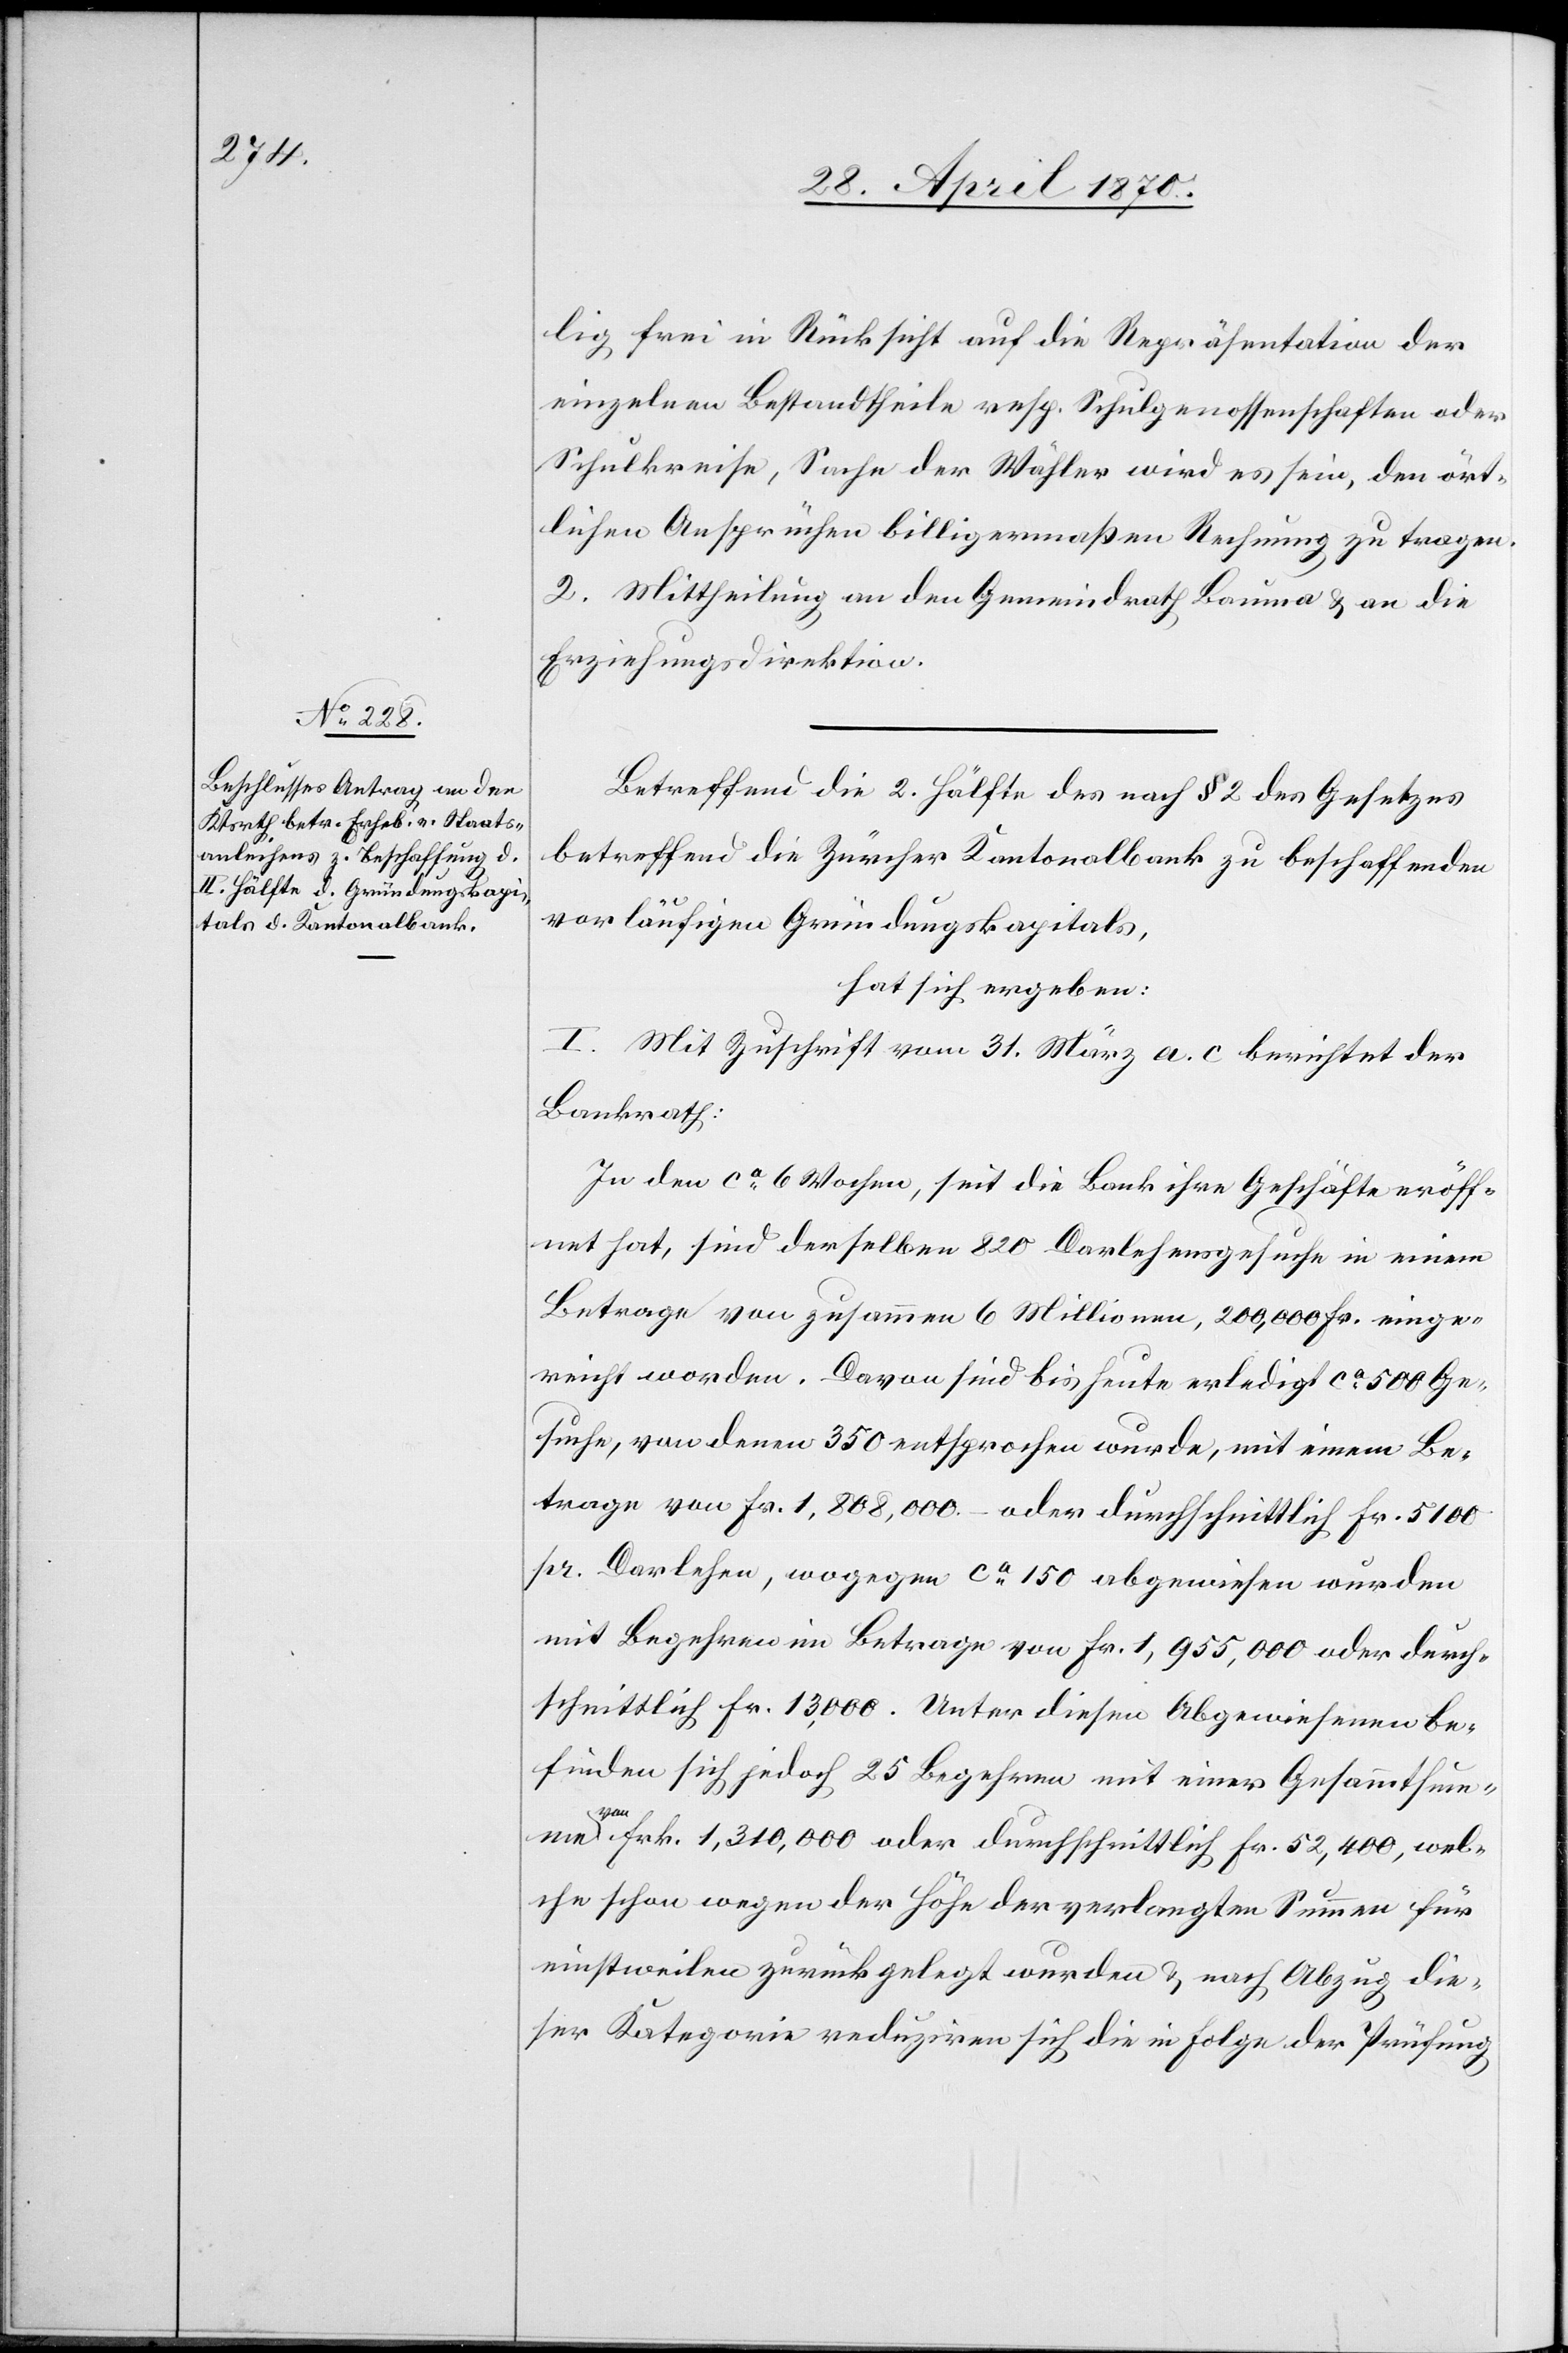
lig frei in Rücksicht auf die Repräsentation der
einzelnen Bestandtheile resp. Schulgenossenschaften oder
Schulkreise, Sache der Wähler wird es sein, den ört¬
lichen Ansprüchen billigermaßen Rechnung zu tragen.
2. Mittheilung an den Gemeindrath Bauma & an die
Erziehungsdirektion.
Betreffend die 2. Hälfte des nach § 2 des Gesetzes
betreffend die Zürcher Kantonalbank zu beschaffenden
vorläufigen Gründungskapitals,
hat sich ergeben:
I. Mit Zuschrift vom 31. März a. c. berichtet der
Bankrath:
In den ca 6 Wochen, seit die Bank ihre Geschäfte eröff¬
net hat, sind derselben 820 Darlehensgesuche in einem
Betrage von zusammen 6 Millionen, 200,000 Fr. einge¬
reicht worden. Davon sind bis heute erledigt ca 500 Ge¬
suche, von denen 350 entsprochen wurde, mit einem Be¬
trage von Fr. 1,808,000. – oder durchschnittlich Fr. 5100
pr. Darlehen, wogegen ca 150 abgewiesen wurden
mit Begehren im Betrage von Fr. 1,955,000 oder durch¬
schnittlich Fr. 13,000. Unter diesen Abgewiesenen be¬
finden sich jedoch 25 Begehren mit einer Gesammtsumme
von Frk. 1,310,000 oder durchschnittlich Fr. 52,400, wel¬
che schon wegen der Höhe der verlangten Summen für
einstweilen zurückgelegt wurden & nach Abzug die¬
ser Kategorie reduziren sich die in Folge der Prüfung